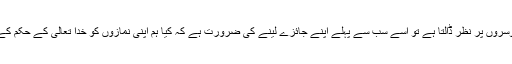
ایک احمدی جب اس لحاظ سے دوسروں پر نظر ڈالتا ہے تو اُسے سب سے پہلے اپنے جائزے لینے کی ضرورت ہے کہ کیا ہم اپنی نمازوں کو خدا تعالیٰ کے حکم کے مطابق ادا کر رہے ہیں یا نہیں؟